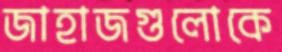
জাহাজগুলোকে